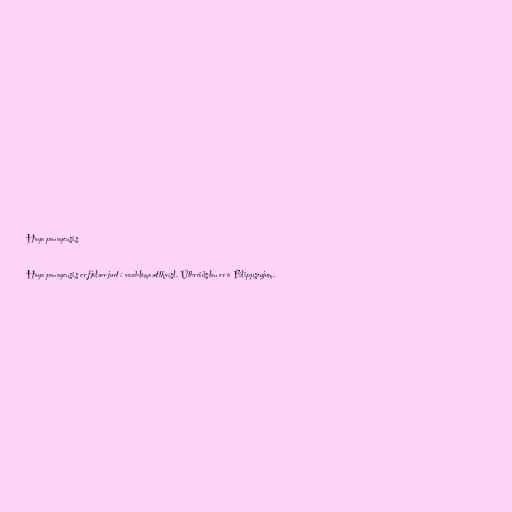
Hoya panayensis

Hoya panayensis er fjölær jurt í vaxblómaættkvísl. Útbreiðslan er á Filippseyjum.